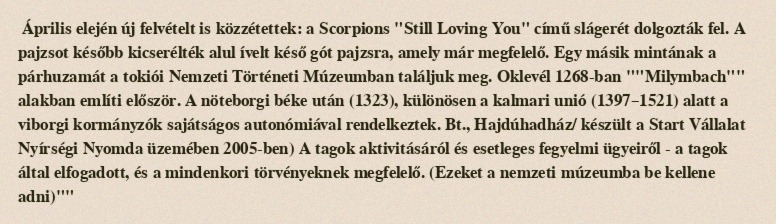
Április elején új felvételt is közzétettek: a Scorpions "Still Loving You" című slágerét dolgozták fel. A pajzsot később kicserélték alul ívelt késő gót pajzsra, amely már megfelelő. Egy másik mintának a párhuzamát a tokiói Nemzeti Történeti Múzeumban találjuk meg. Oklevél 1268-ban ""Milymbach"" alakban említi először. A nöteborgi béke után (1323), különösen a kalmari unió (1397–1521) alatt a viborgi kormányzók sajátságos autonómiával rendelkeztek. Bt., Hajdúhadház/ készült a Start Vállalat Nyírségi Nyomda üzemében 2005-ben) A tagok aktivitásáról és esetleges fegyelmi ügyeiről - a tagok által elfogadott, és a mindenkori törvényeknek megfelelő. (Ezeket a nemzeti múzeumba be kellene adni)""